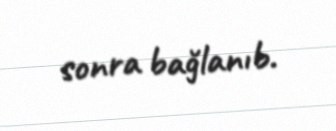
sonra bağlanıb.